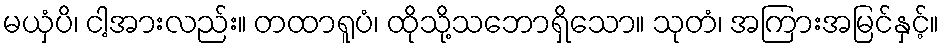
မယှံပိ၊ ငါ့အားလည်း။ တထာရူပံ၊ ထိုသို့သဘောရှိသော။ သုတံ၊ အကြားအမြင်နှင့်။